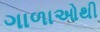
ગાળાઓથી